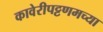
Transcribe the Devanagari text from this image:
कावेरीपट्टणमच्या